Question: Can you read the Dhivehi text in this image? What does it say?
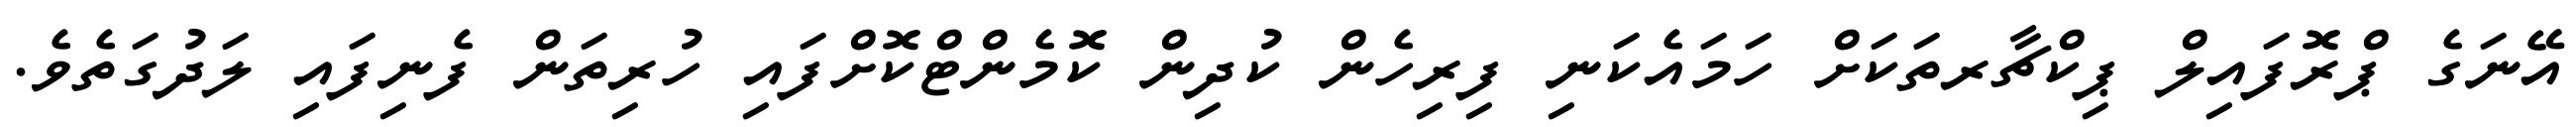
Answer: އޭނަގެ ޕްރޮފައިލް ޕިކްޗާރތަކަށް ހަމައެކަނި ފިރިހެން ކުދިން ކޮމެންޓްކޮށްފައި ހުރިތަން ފެނިފައި ލަދުގަތެވެ.